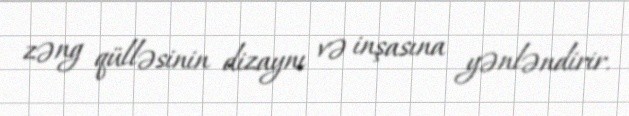
zəng qülləsinin dizaynı və inşasına yənləndirir.